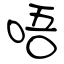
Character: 唔